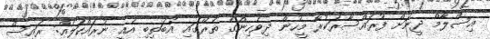
އިސްލާމް ދީނަށް ފުރައްސާރަކުރާ މީހުން ދިވެހިންގެ ތެރޭގައި އެބަތިބި އެއީ ނުރައްކަލެއް: ރައީސް